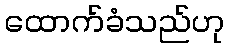
ထောက်ခံသည်ဟု